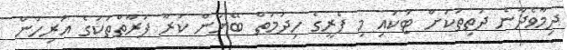
ދިމާވެދާނެ ދަތިތަކަށް ޓަކައި މި ފެރީގެ ހިދުމަތް ބޭނުން ކުރާ ފަރާތްތަކުގެ އަރިހުން